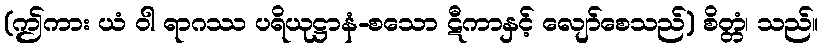
(ဤကား ယံ ဝါ ရာဂဿ ပရိယုဋ္ဌာနံ-စသော ဋီကာနှင့် လျော်စေသည်) စိတ္တံ၊ သည်။